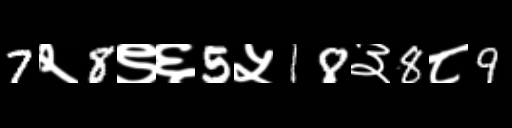
Text: 7२8९६5५18३8८9